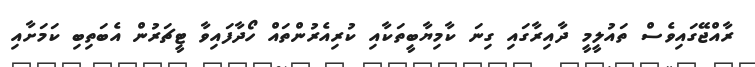
ރާއްޖޭގައިވެސް ތައުލީމީ ދާއިރާގައި ގިނަ ކާމިޔާބީތަކާއި ކުރިއެރުންތައް ހޯދާފައިވާ ޓީޗަރުން އެބަތިބި ކަމަށާއި